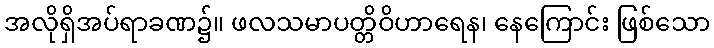
အလိုရှိအပ်ရာခဏ၌။ ဖလသမာပတ္တိဝိဟာရေန၊ နေကြောင်း ဖြစ်သော